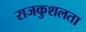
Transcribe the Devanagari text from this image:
राजकुशलता